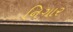
નિગાર